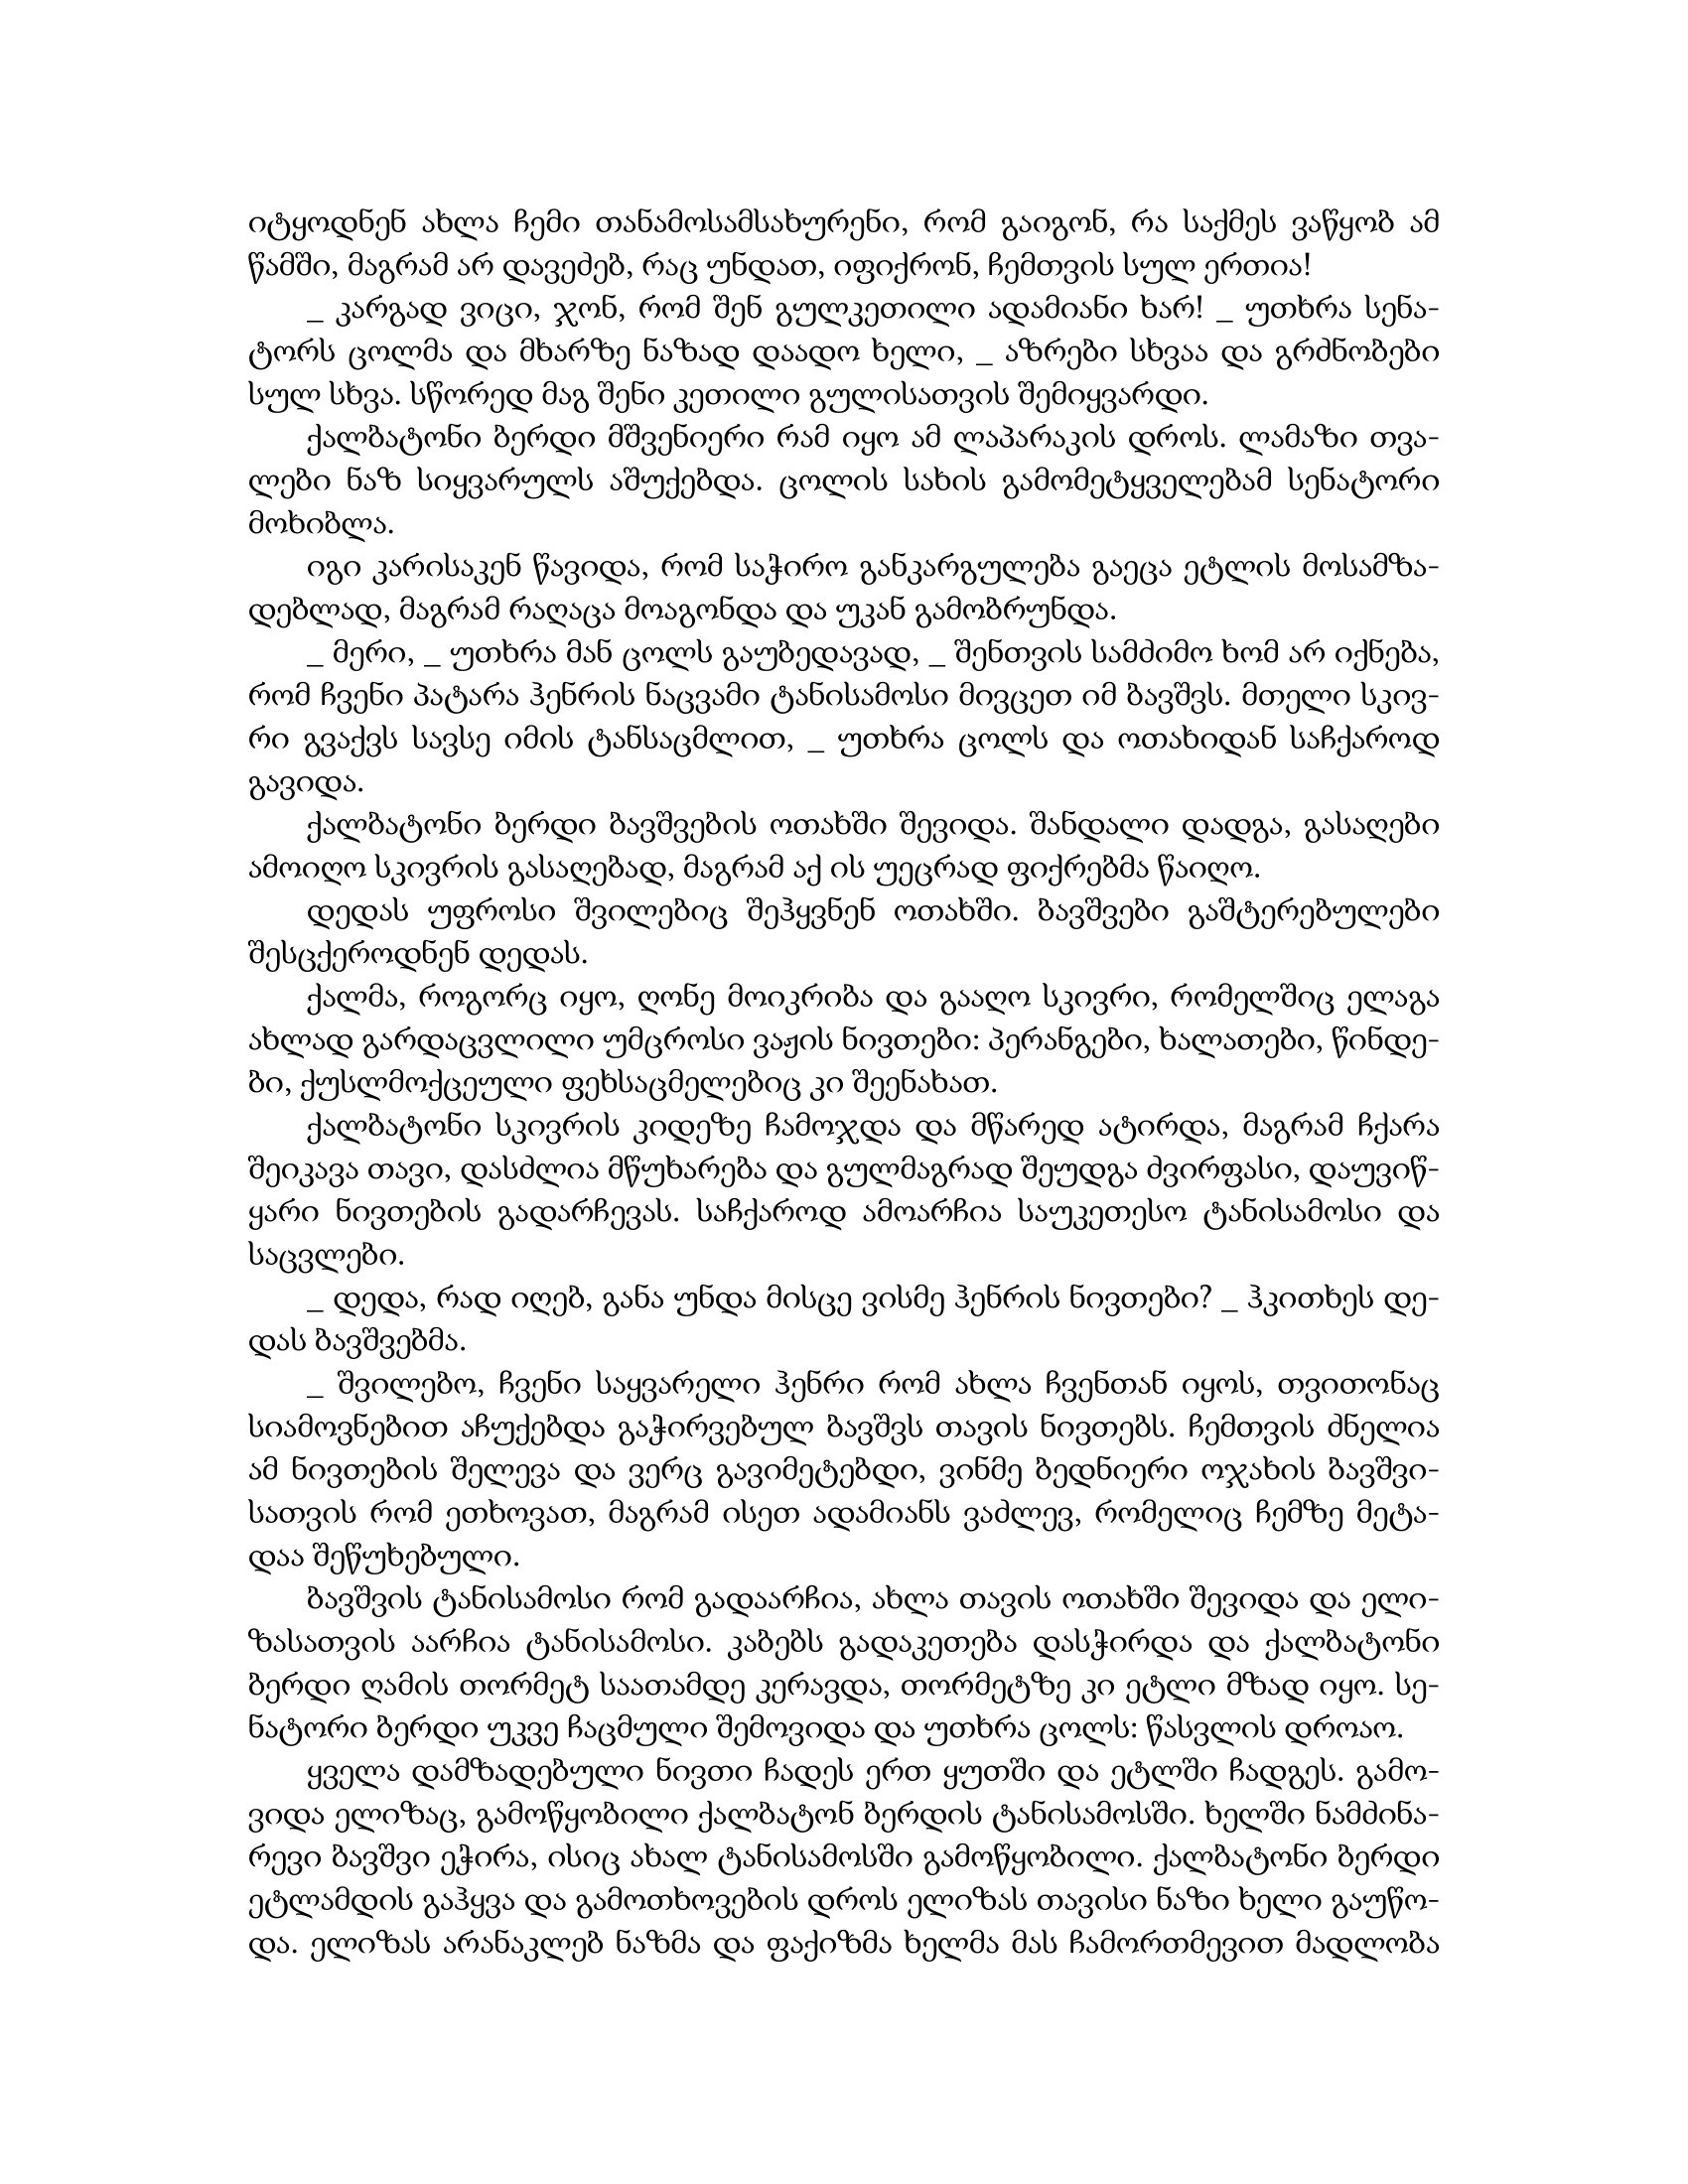
Language: gr